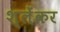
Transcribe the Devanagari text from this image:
श्लेंकर